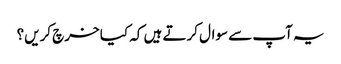
یہ آپ سے سوال کرتے ہیں کہ کیا خرچ کریں؟